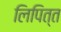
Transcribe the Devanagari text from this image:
लिपित्त